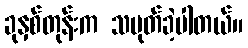
ခုနှစ်တုန်းက သမုတ်ခဲ့ပါတယ်။